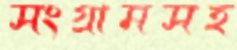
সংগ্রামসহ